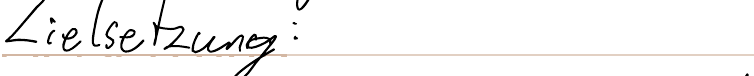
Zielsetzung: